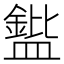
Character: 𪾘